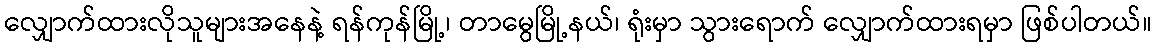
လျှောက်ထားလိုသူများအနေနဲ့ ရန်ကုန်မြို့၊ တာမွေမြို့နယ်၊ ရုံးမှာ သွားရောက် လျှောက်ထားရမှာ ဖြစ်ပါတယ်။